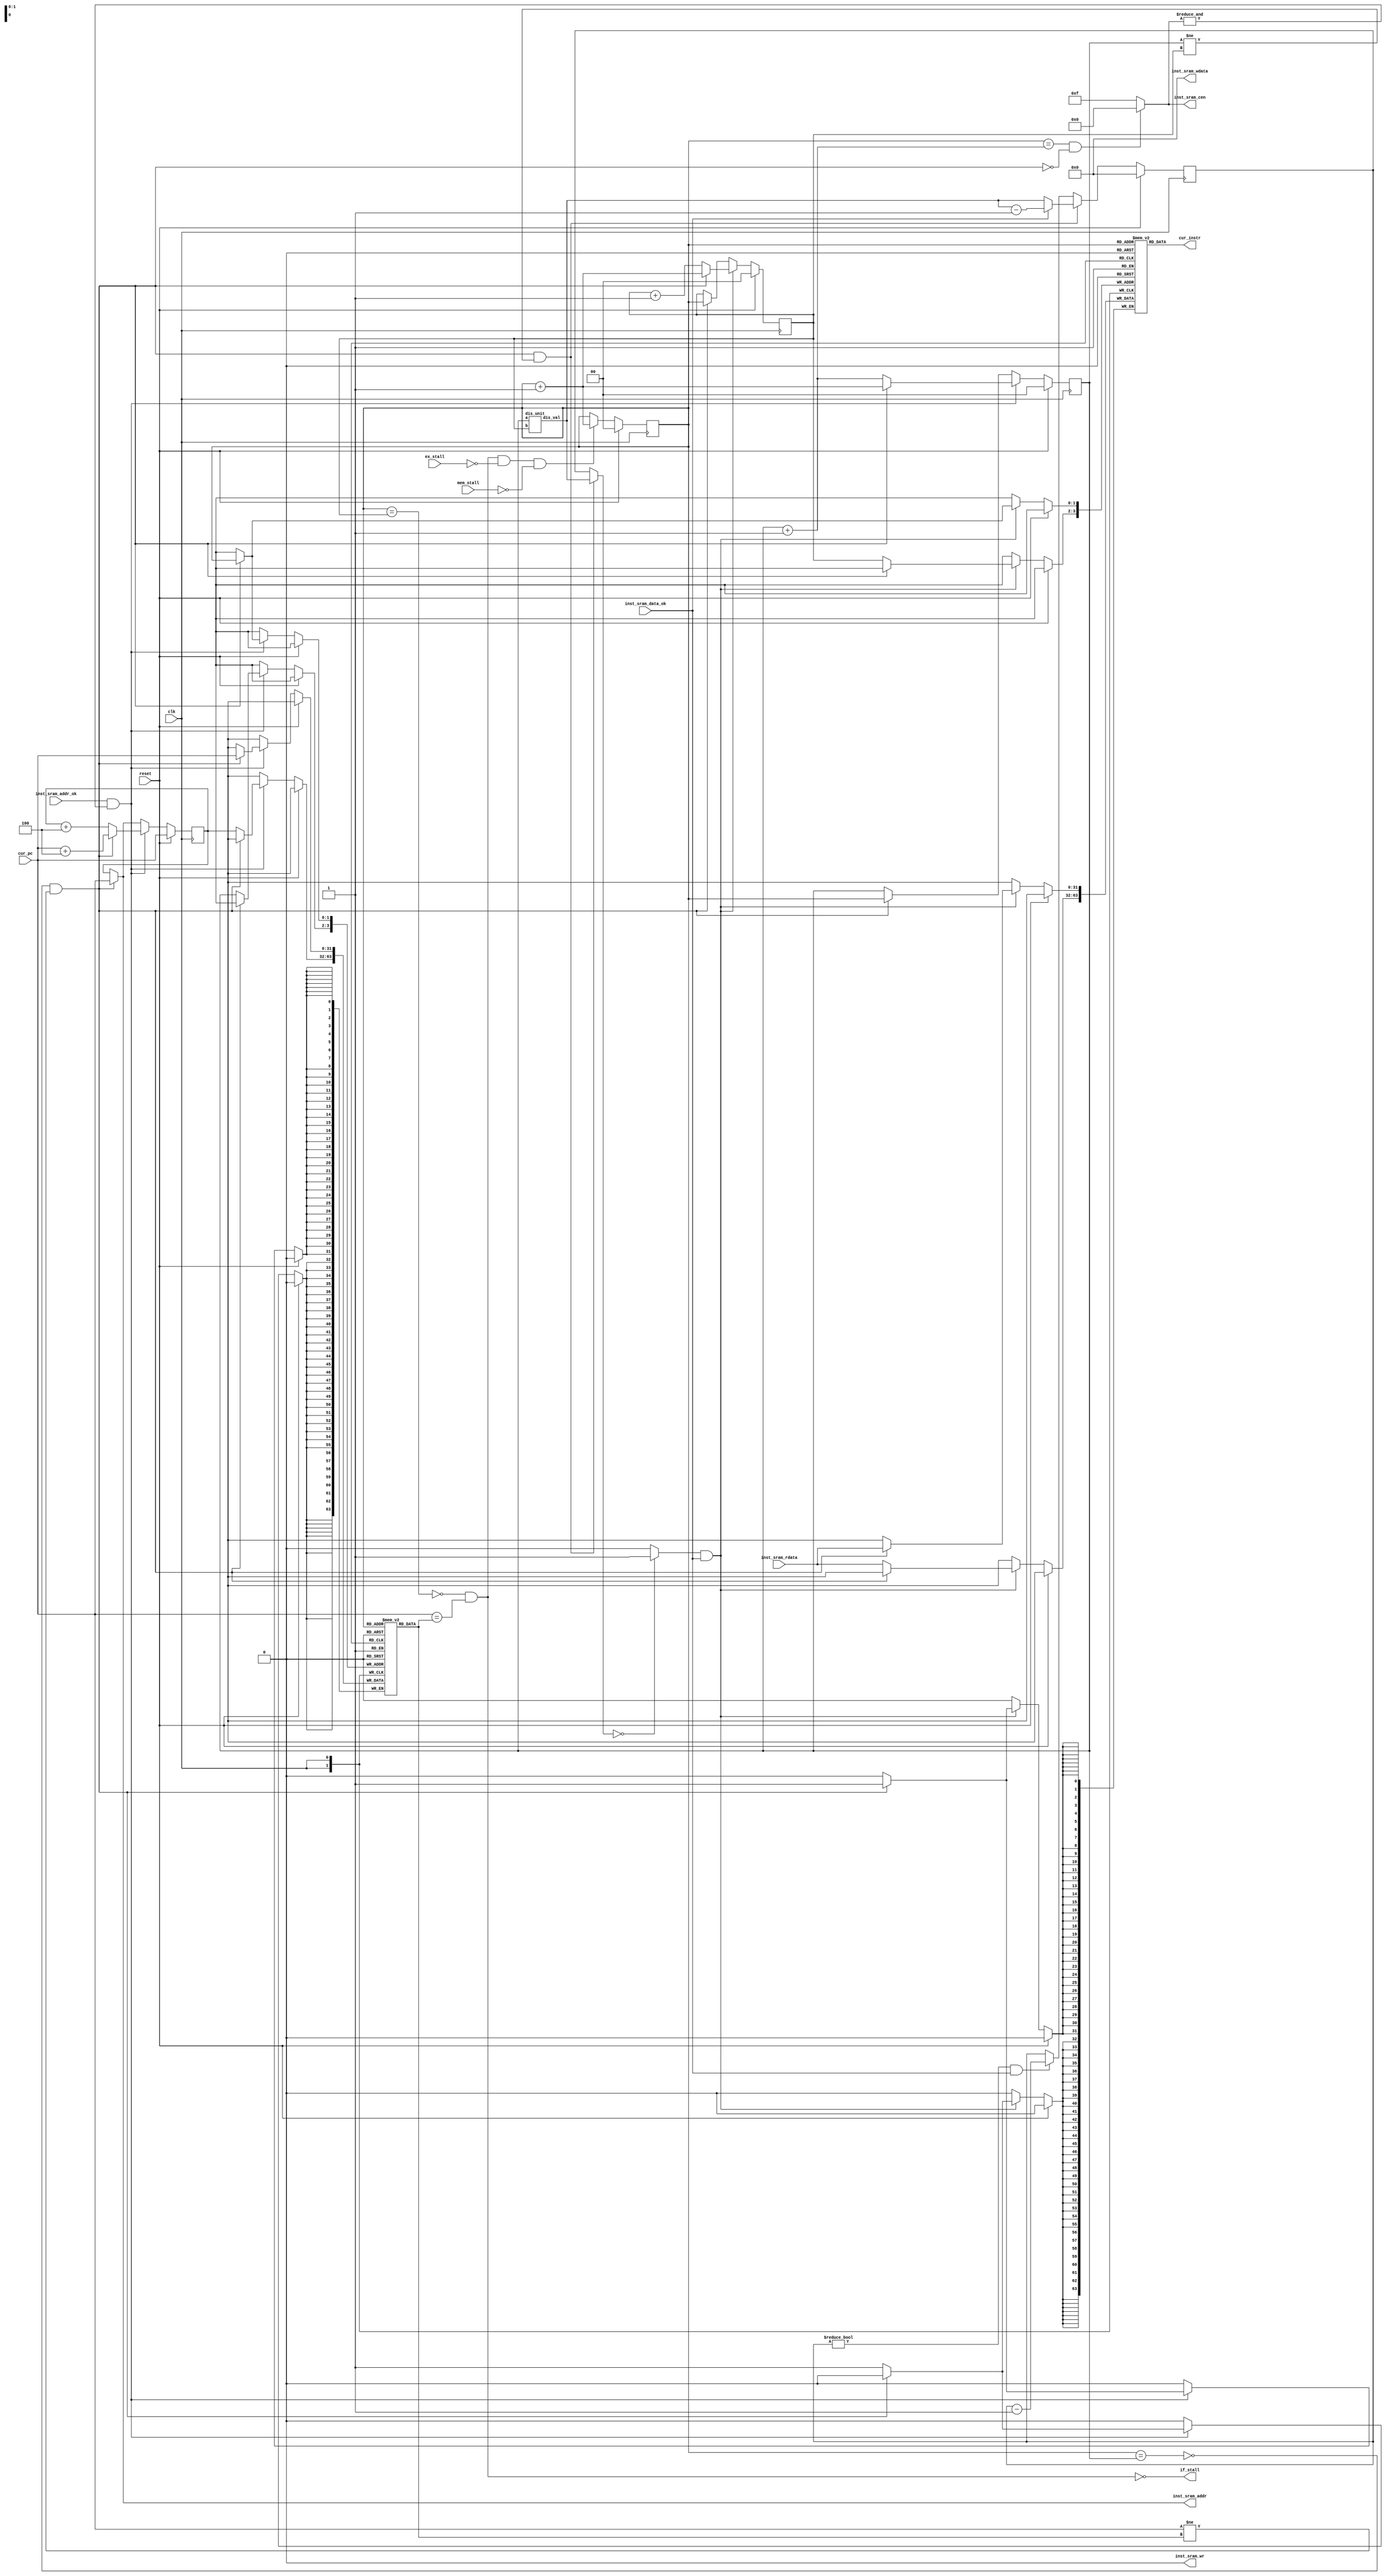
`timescale 1ns / 1ps
//////////////////////////////////////////////////////////////////////////////////
// Company: NJU
// Engineer: 
// 
// Create Date: 
// Design Name: 
// Module Name:
// Project Name: 
// Target Devices: 
// Tool Versions: 
// Description: 
// 
// Dependencies: 
// 
// Revision:
// Revision 0.01 - File Created
// Additional Comments:
// 
//////////////////////////////////////////////////////////////////////////////////

`define FIFO_SIZE 4
`define INDEX_LEN 2
`define INDEX_LEN_1 1

module pipe_ifu(
    //common signal
    input clk,
	input reset,
        
    //memory interface
    output  [ 3:0]  inst_sram_cen,
    output  [31:0]  inst_sram_wdata,
    input   [31:0]  inst_sram_rdata,
    output          inst_sram_wr,
    output [31:0]  inst_sram_addr,
    input           inst_sram_addr_ok,
    input           inst_sram_data_ok,

    //cpu inner signal
    input [31:0] cur_pc,
    output if_stall,
    input ex_stall,
    input mem_stall,
    output [31:0] cur_instr
    );

    assign inst_sram_wr = 0;
    assign inst_sram_wdata = 0;

    //cur_pc
    wire instr_hit;
    //
    wire fetch_error;
    //
    reg [31:0] dup_req;
    //
    wire instr_accept;
    //
    wire instr_coming;
    
    //
    wire leave_instr = instr_hit & (!ex_stall) & (!mem_stall);
    
    //?
    reg [`INDEX_LEN-1:0] r_index;
    
    //
    reg [`INDEX_LEN-1:0] instr_w_index;
    reg [31:0] instr_fifo [`FIFO_SIZE-1:0];
    wire instr_fifo_empty = (r_index == instr_w_index);
    wire instr_fifo_full  = (r_index == (instr_w_index + {{`INDEX_LEN_1{1'b0}}, 1'b1}));
    
    //
    reg [`INDEX_LEN-1:0] addr_w_index;
    reg [31:0] addr_fifo [`FIFO_SIZE-1:0];
    wire addr_fifo_empty = (r_index == addr_w_index);
    wire addr_fifo_full  = (r_index == (addr_w_index + {{`INDEX_LEN_1{1'b0}}, 1'b1}));
    
    assign instr_coming = instr_accept & inst_sram_data_ok;
    assign instr_hit = (instr_fifo_empty == 1'b0) && (cur_pc == addr_fifo[r_index]);
    assign cur_instr = instr_fifo[r_index];

    assign fetch_error = (addr_fifo_empty == 1'b0) && (cur_pc != addr_fifo[r_index]);
    wire [31:0] index_diff;
    dis_unit dis_0(
    .a(addr_w_index),
    .b(instr_w_index),
    .dis_val(index_diff)
    );
    always @ (posedge clk) begin
        if(reset) begin
            dup_req <= 0;
        end
        else if((fetch_error == 1'b1) && (addr_w_index != instr_w_index)) begin
            if(inst_sram_data_ok)
                dup_req <= index_diff - 1;
            else
                dup_req <= index_diff;
        end
        else if((dup_req != 0) && (inst_sram_data_ok == 1'b1))
            dup_req <= dup_req - 1'b1;
        else
            dup_req <= dup_req;
    end
    reg [31:0] real_dup_req;
    always @ (*) begin
        if((fetch_error == 1'b1) && (addr_w_index != instr_w_index)) begin
                real_dup_req = index_diff;
        end
        else
            real_dup_req = dup_req;
    end
    assign instr_accept = (real_dup_req == 0) ? 1'b1 : 1'b0;
    
    
    always @ (posedge clk) begin
        if(reset) begin
            r_index <= 0;
        end
        //??
        else if(leave_instr) begin
            r_index <= r_index + 1;
        end
        else
            r_index <= r_index;
    end
    
    always @ (posedge clk) begin
        if(reset) begin
            instr_w_index <= 0;
        end
        //addr_fifo
        else if(instr_coming) begin
            if(fetch_error) begin
                instr_w_index <= r_index + 1;
                instr_fifo[r_index] <= inst_sram_rdata;
            end
            else begin
                instr_w_index <= instr_w_index + 1;
                instr_fifo[instr_w_index] <= inst_sram_rdata;
            end
        end
        //
        else if(fetch_error) begin
            instr_w_index <= r_index;
        end
    end
    
    //?
    reg [31:0] prefetch_pc;
    assign inst_sram_addr = fetch_error ? cur_pc : prefetch_pc;
    wire addr_shake = inst_sram_addr_ok & (&inst_sram_cen);
    always @ (posedge clk) begin
        if(reset) begin
            addr_w_index <= 0;
            prefetch_pc <= cur_pc;
        end
        else if(addr_shake) begin
            if(fetch_error) begin
                addr_w_index <= r_index + 1;
                addr_fifo[r_index] <= cur_pc;
                prefetch_pc <= cur_pc + 4;
            end
            else begin
                addr_w_index <= addr_w_index + 1;
                addr_fifo[addr_w_index] <= prefetch_pc;
                prefetch_pc <= prefetch_pc + 4;
            end
        end
        else if(fetch_error) begin
            addr_w_index <= r_index;
            prefetch_pc <= cur_pc;
        end
    end

    assign if_stall = !instr_hit;
    assign inst_sram_cen = (addr_fifo_full & (!fetch_error) ) ? 4'b0000 : 4'b1111; 

endmodule

module dis_unit(
    input [`INDEX_LEN-1:0] a,
    input [`INDEX_LEN-1:0] b,
    output [31:0] dis_val
    );
    
    localparam pad = 32 - `INDEX_LEN;
    assign dis_val = { {pad{1'b0}}, a-b };
    
endmodule